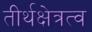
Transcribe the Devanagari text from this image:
तीर्थक्षेत्रत्व